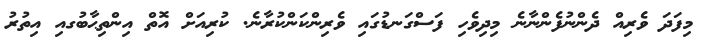
މިފަދަ ވެރިއް ދެންނުފެންނާނެ މިދިވެހި ފަސްގަނޑުގައި ވެރިންކަންކުރާނެ. ކުރިއަށް އޮތް އިންތިޙާބުގއި އިތުރު